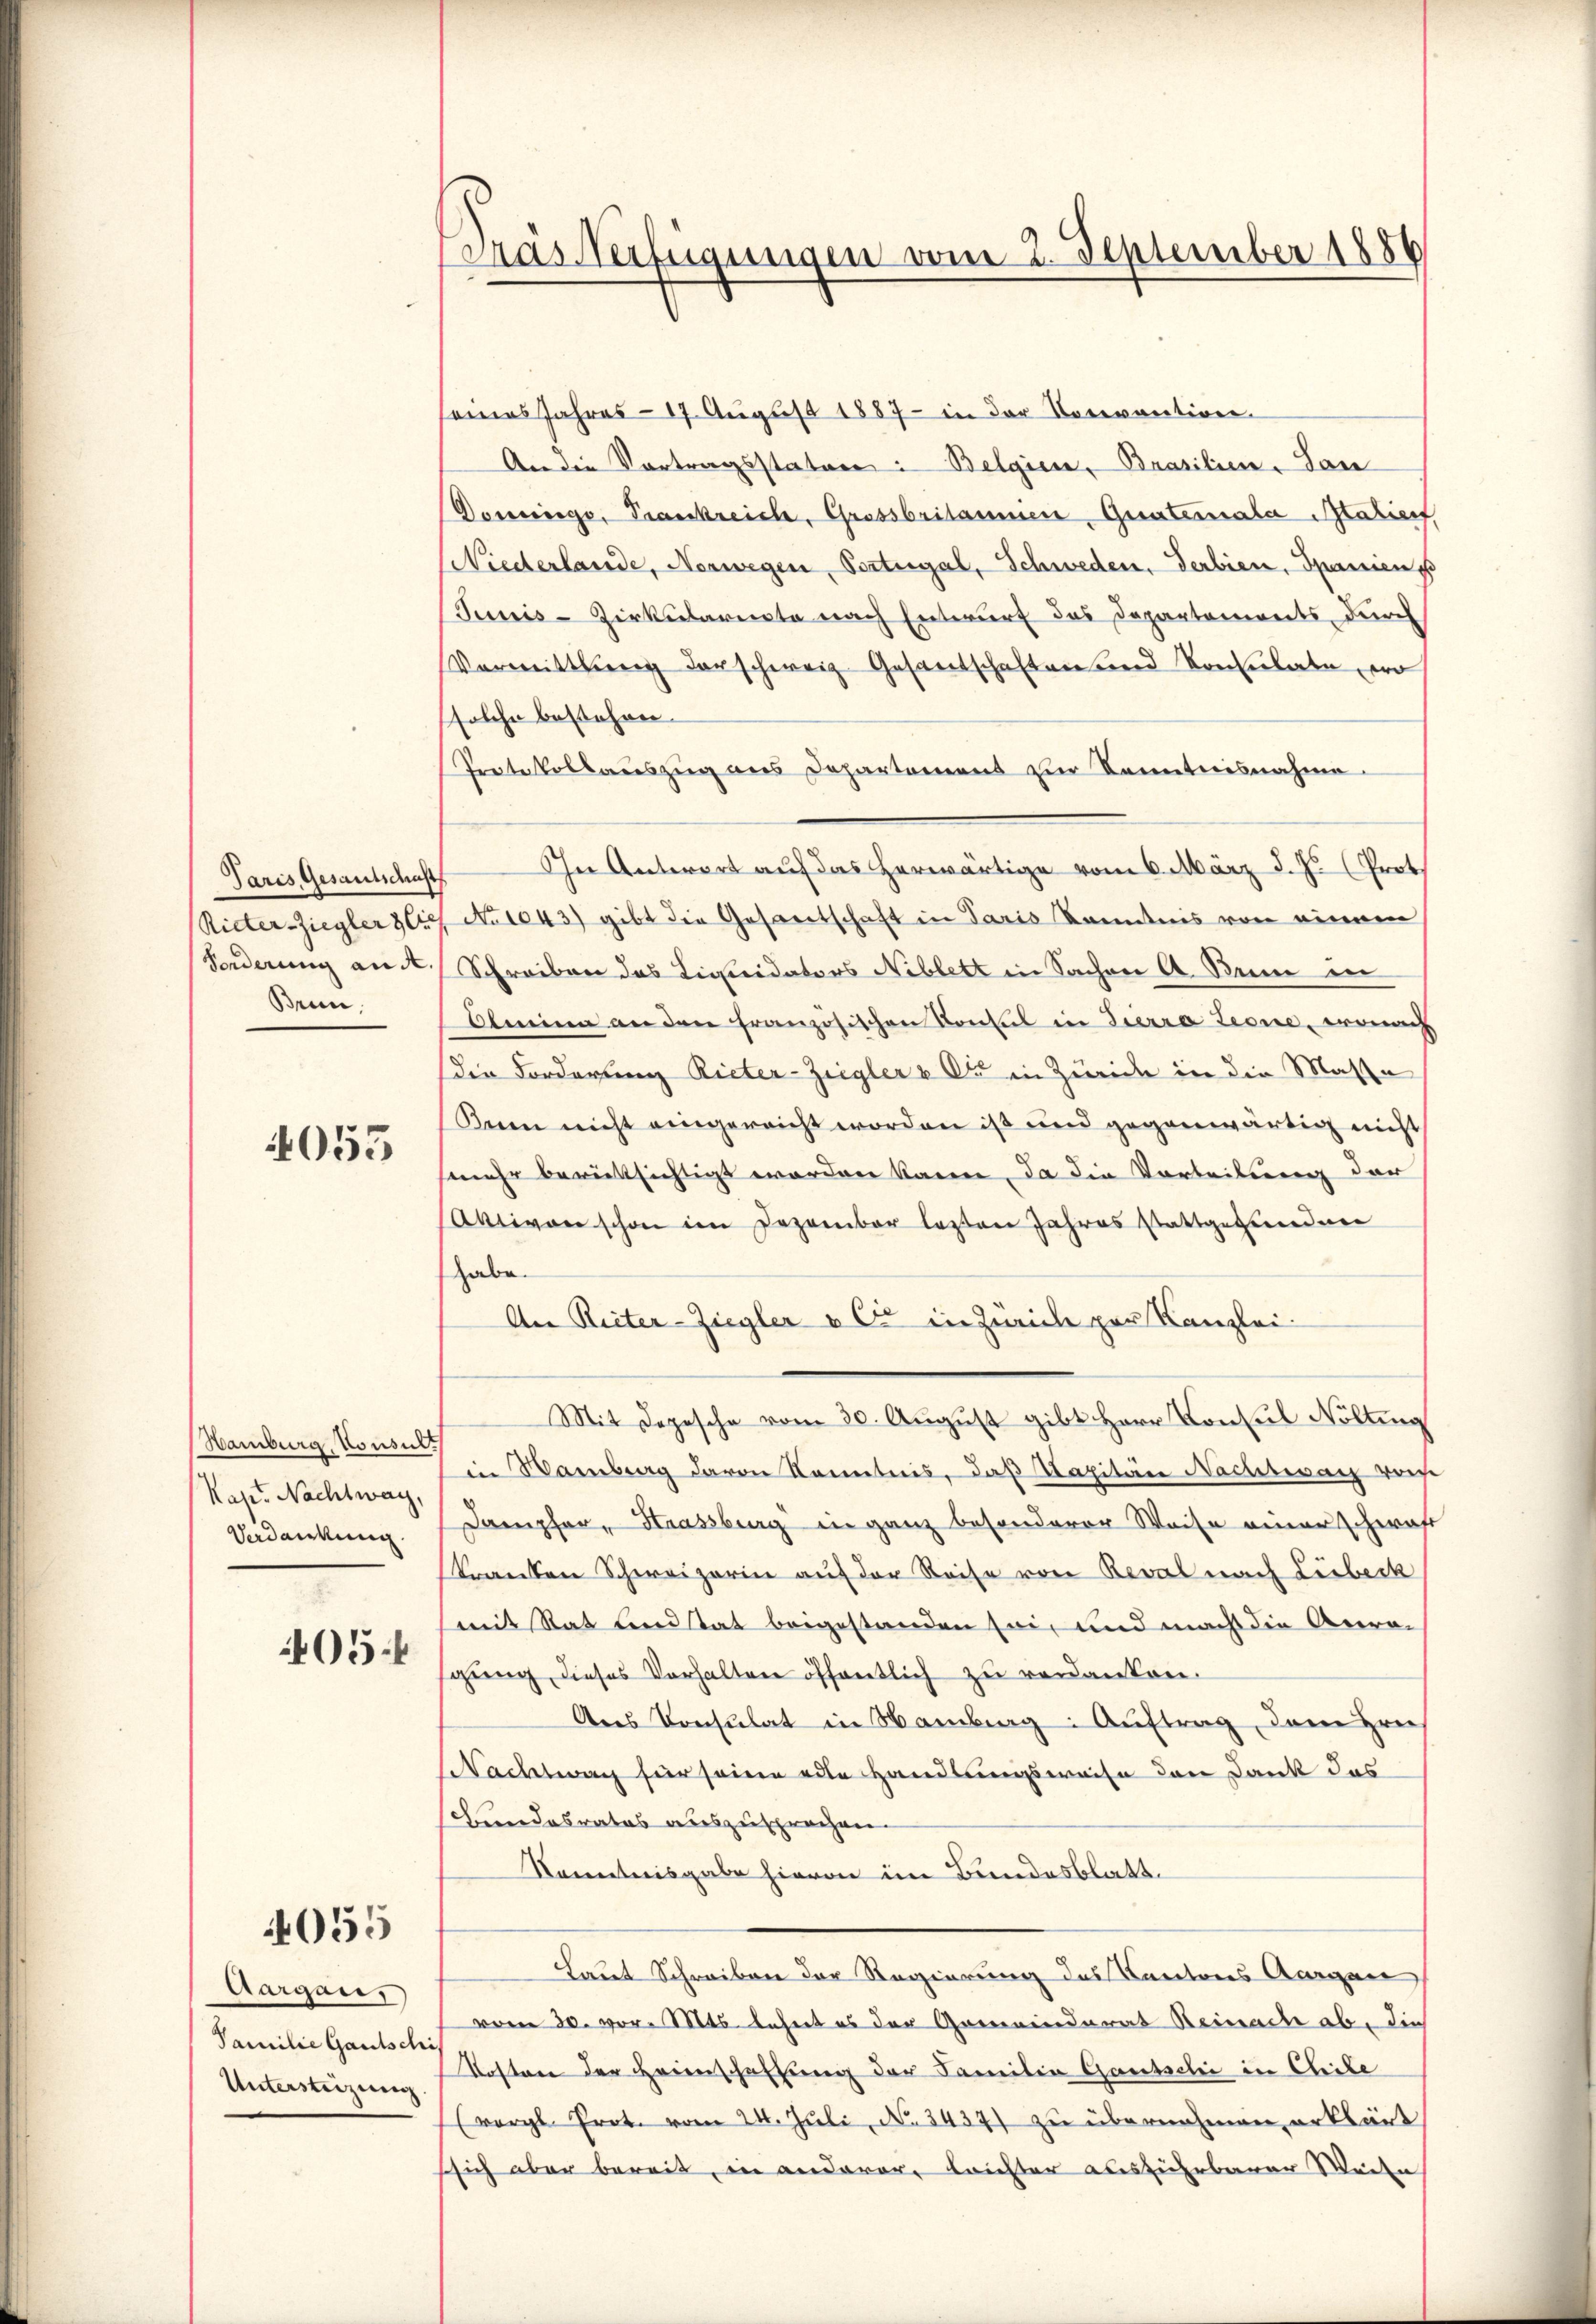
Paris Gesantschaft
Ricker-Ziegler & Cie
Forderung an de
Brun

4055

Hamburg, Konsul
Kap. Nachtwag,
Verdankung
405

055

Aargau,
Familie Gautsch
Unterstüzung.

ras Verfügungen vom 2. September 1886

eines Jahres 17. Aŭgust 1887 in der Vorevantion
An die Vortragsstaten: Belgien, Brasilien- San
Doweringe, Trankreich, Grossbritannen, Quateinala Marierf
Niederlande, Nerwegen, Portugal, Schweden, Serbier, Spanien p
Junis-Zirkularente nach Entwurf das Departements, durch
Vormittlung der schweiz. Gesantschaftentend Konsulate, wo
solche bestehen.
Protokollauszug aus Departement zur Kenntnisnahme.
In Antwort auf das herwärtige vom 6. März d. Js. (Prot
No 1043) gibt die Gesantschaft in Paris Kenntnis von einnen
Schreiben das Liquidaters Niblett in Sachen A. Seine in
Almina an den französischen Konsul in Tierra Leone, wonach
die Forderung Rieter-Ziegler & Cie in Zürich in die Massa
Kern nicht eingereicht worden ist und gegenwärtig nicht
(mehr berücksichtigt worden kann, da die Vorteilung der
Aktiven schon im Dezember lasten Jahres stattgefunden
habe.
An Reiter-Ziegler & Cie in Zürich per Kanzlei-
Mit Depesche vom 30. August gibt Herr Consul Nölting
in Hamburg davon Kenntnis, daß Kapitäre Nachtwach von
Dampfer, Haassburg in ganz besonderer Weise einer schwaft
kranken Schweizerin auf der Reise von Reval nach Liebeck
mit Rat verstat beigestanden sei, und macht die Aera-
gung dieses Verhalten öffentlich zu verdanken.
Ans Consulat in Hamberg: Auftrag, dem Hrn.
Wachtwach für seine edle Handlungsweise den Dank das
Bundesrates auszusprechen.
Kenntnisgabe hievon im Bundesblatt.
Laut Schreiben der Regierung des Kantons Aargau
vom 30. vor. Mts. lehnet es der Gemeinderat Reinach ab, die
Kosten der Heimschaffung der Familia Gautschi in Chile
(vergl. Prot. vom 24. Juli, No. 3437) zu übernehmen, erklärt
sich aber bereit, in anderer, leichter ausführbarer Weite